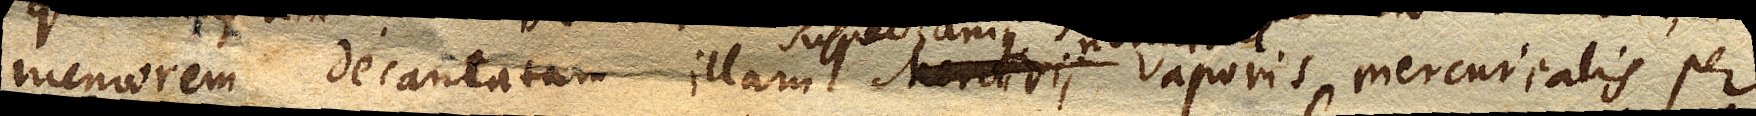
memorem decantatam illam Mercurii suspectamque vaporis mercurialis per